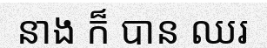
នាង ក៏ បាន ឈរ